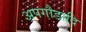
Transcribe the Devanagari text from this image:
अपगौडादि